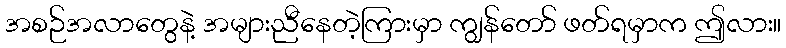
အစဉ်အလာတွေနဲ့ အများညီနေတဲ့ကြားမှာ ကျွန်တော် ဖတ်ရမှာက ဤလား။